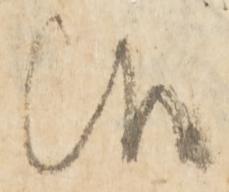
候